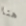
هنا